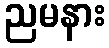
ညမနား